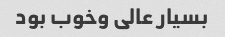
بسیار عالی وخوب بود